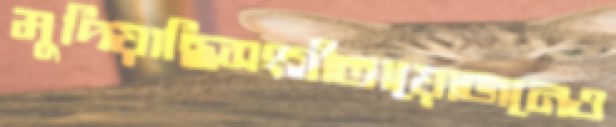
মুদিয়াছিসংগীতায়োজনেও